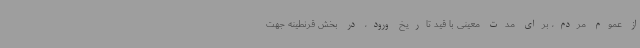
از عموم مردم، برای مدت معینی با قید تاریخ ورود، در بخش قرنطینه جهت